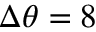
\Delta \theta = 8